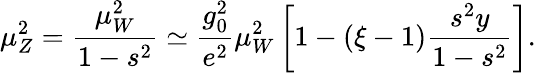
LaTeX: \mu_{Z}^{2}={\frac{\mu_{W}^{2}}{1-s^{2}}}\simeq{\frac{g_{0}^{2}}{e^{2}}}\mu_{W}^{2}\left[1-(\xi-1){\frac{s^{2}y}{1-s^{2}}}\right].